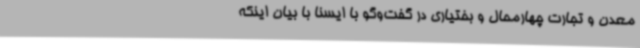
معدن و تجارت چهارمحال و بختیاری در گفت‌وگو با ایسنا با بیان اینکه